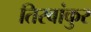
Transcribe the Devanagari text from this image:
तिरवांकुर